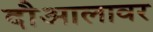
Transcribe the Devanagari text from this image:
दौआलावर